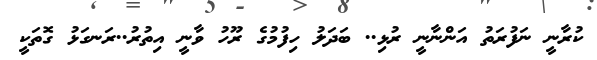
ކުރާނީ ނަފުރަތު އަންނާނީ ރުޅި.. ބަދަލު ހިފުމުގެ ރޫހު ވާނީ އިތުރު..ރަނގަޅު ގޮތަކީ